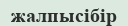
жалпысібір